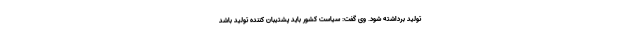
تولید برداشته شود. وی گفت: سیاست کشور باید پشتیبان کننده تولید باشد